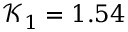
\mathcal { K } _ { 1 } = 1 . 5 4